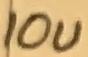
Text: 10u